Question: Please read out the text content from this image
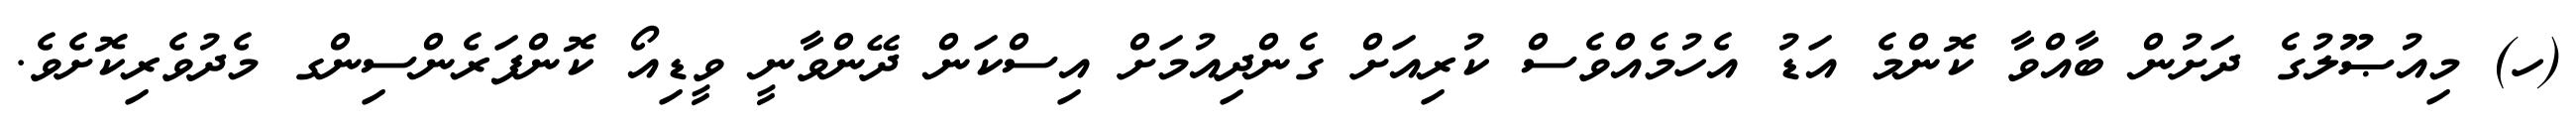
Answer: (ހ) މިއުޞޫލުގެ ދަށުން ބާއްވާ ކޮންމެ އަޑު އެހުމެއްވެސް ކުރިއަށް ގެންދިއުމަށް އިސްކަން ދޭންވާނީ ވީޑިއޯ ކޮންފަރެންސިންގ މެދުވެރިކޮށެވެ.